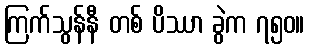
ကြက်သွန်နီ တစ် ပိဿာ ခွဲက ၇၅၀။